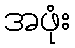
အဖုံး